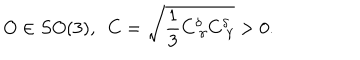
O \in S O ( 3 ) , \ \ C = \sqrt { \frac 1 3 C _ { \ \gamma } ^ { \delta } C _ { \ \gamma } ^ { \delta } } > 0 .